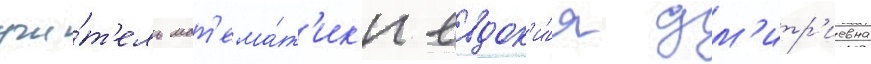
учи́т'ель мат'ема́т'ик'и евдок'и́я дм'итр'иевна